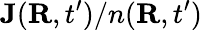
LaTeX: {\mathbf J}({\mathbf R},t^{\prime})/n({\mathbf R},t^{\prime})